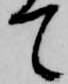
て